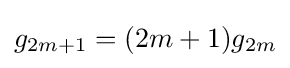
g_{2m+1}=(2m+1)g_{2m}